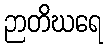
ဉာတိဃရေ